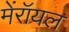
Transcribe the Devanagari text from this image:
मेंरॉयल